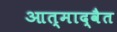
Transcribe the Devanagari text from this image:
आत्माद्वैत